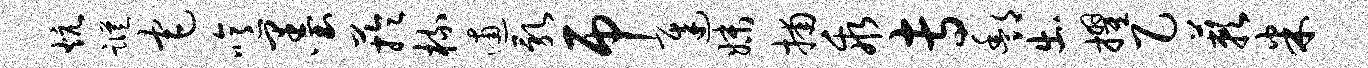
炕踪宅噫墨芋梳逋乳吊迟妹捕乖专酆出擢乙蔌米